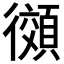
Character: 𫹨